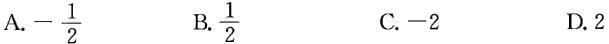
A. $-\frac{1}{2}$  B. $\frac{1}{2}$  C. $-2$  D. $2$